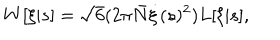
W [ \xi | s ] = \sqrt { 6 } ( 2 \pi \bar { N } \dot { \xi } ( s ) ^ { 2 } ) L [ \xi | s ] ,